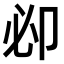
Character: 𠨘